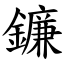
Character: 鐮